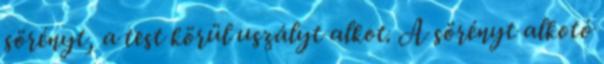
sörényt, a test körül uszályt alkot. A sörényt alkotó